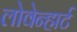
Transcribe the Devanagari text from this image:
लोवेन्हार्ट